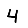
Digit: 4